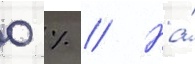
0 % // На́